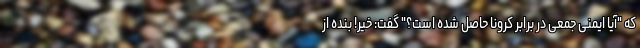
که "آیا ایمنی جمعی در برابر کرونا حاصل شده ‌است؟" گفت: خیر! بنده از